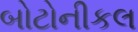
બોટોનીકલ